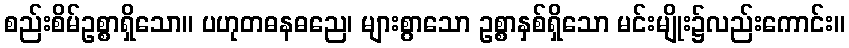
စည်းစိမ်ဥစ္စာရှိသော။ ပဟုတဓနဓညေ၊ များစွာသော ဥစ္စာနှစ်ရှိသော မင်းမျိုး၌လည်းကောင်း။